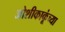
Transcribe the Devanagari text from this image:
जोशीकाकूंच्या